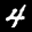
Label: 4